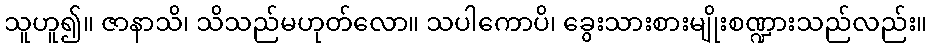
သူဟူ၍။ ဇာနာသိ၊ သိသည်မဟုတ်လော။ သပါကောပိ၊ ခွေးသားစားမျိုးစဏ္ဍားသည်လည်း။